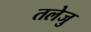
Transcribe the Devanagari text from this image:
तलेजु